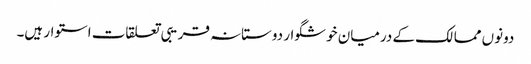
دونوں ممالک کے درمیان خوشگوار دوستانہ قریبی تعلقات استوار ہیں۔